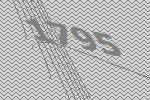
1795